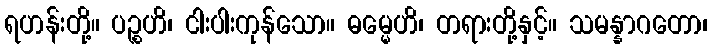
ရဟန်းတို့။ ပဉ္စဟိ၊ ငါးပါးကုန်သော။ ဓမ္မေဟိ၊ တရားတို့နှင့်။ သမန္နာဂတော၊